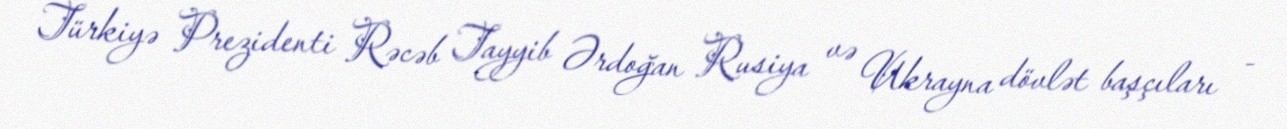
Türkiyə Prezidenti Rəcəb Tayyib Ərdoğan Rusiya və Ukrayna dövlət başçıları -